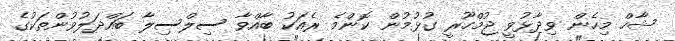
ޝާހް މިހެން ވިދާޅުވީ ޖުމްހޫރީ ގުޅުމުން ކޮންމެ ރެއަކު ބާއްވާ ސިލްސިލާ ބައްދަލުވުންތަކުގެ